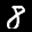
Label: 8